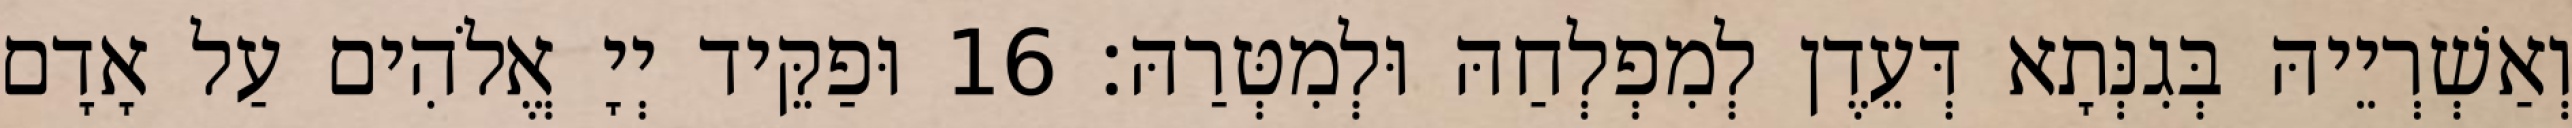
וְאַשְׁרְיֵיהּ בְּגִנְּתָא דְּעֵדֶן לְמִפְלְחַהּ וּלְמִטְּרַהּ׃ 16 וּפַקֵּיד יְיָ אֱלֹהִים עַל אָדָם